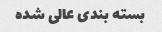
بسته بندی عالی شده